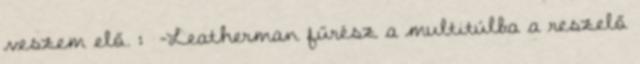
veszem elő. : -Leatherman fűrész a multitúlba a reszelő